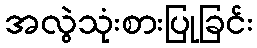
အလွဲသုံးစားပြုခြင်း